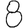
Digit: 8